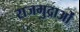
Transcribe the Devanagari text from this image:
राजमुद्राओं